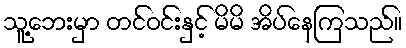
သူ့ဘေးမှာ တင်ဝင်းနှင့် မိမိ အိပ်နေကြသည်။